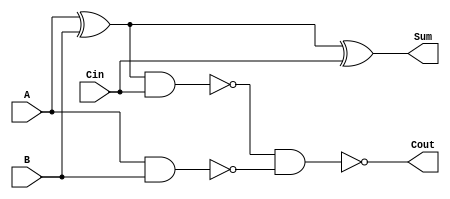
module fullAdder(Sum,Cout,A,B,Cin);
    input A,B,Cin; output Cout,Sum;

    wire w1,w3,w5;

    xor G1(w1,A,B),G2(Sum,w1,Cin);
    nand G3(w3,w1,Cin),G4(Cout,w3,w5),G5(w5,A,B);  
endmodule